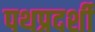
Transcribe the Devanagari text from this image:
पथप्रदर्शी